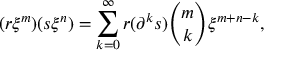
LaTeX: ( r \xi ^ { m } ) ( s \xi ^ { n } ) = \sum _ { k = 0 } ^ { \infty } r ( \partial ^ { k } s ) { \binom { m } { k } } \xi ^ { m + n - k } ,